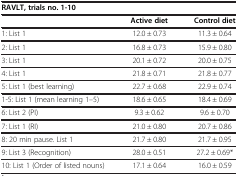
| <COLSPAN=3> RAVLT, trials no. 1-10 |
 |  | Active diet | Control diet |
 | --- | --- | --- |
 | 1: List 1 | 12.0 ± 0.73 | 11.3 ± 0.64 |
 | 2: List 1 | 16.8 ± 0.73 | 15.9 ± 0.80 |
 | 3: List 1 | 20.1 ± 0.72 | 20.0 ± 0.75 |
 | 4: List 1 | 21.8 ± 0.71 | 21.8 ± 0.77 |
 | 5: List 1 (best learning) | 22.7 ± 0.68 | 22.9 ± 0.74 |
 | 1-5: List 1 (mean learning 1–5) | 18.6 ± 0.65 | 18.4 ± 0.69 |
 | 6: List 2 (PI) | 9.3 ± 0.62 | 9.6 ± 0.70 |
 | 7: List 1 (RI) | 21.0 ± 0.80 | 20.7 ± 0.86 |
 | 8: 20 min pause. List 1 | 21.7 ± 0.80 | 21.7 ± 0.95 |
 | 9: List 3 (Recognition) | 28.0 ± 0.51 | 27.2 ± 0.69* |
 | 10: List 1 (Order of listed nouns) | 17.1 ± 0.64 | 16.0 ± 0.59 |